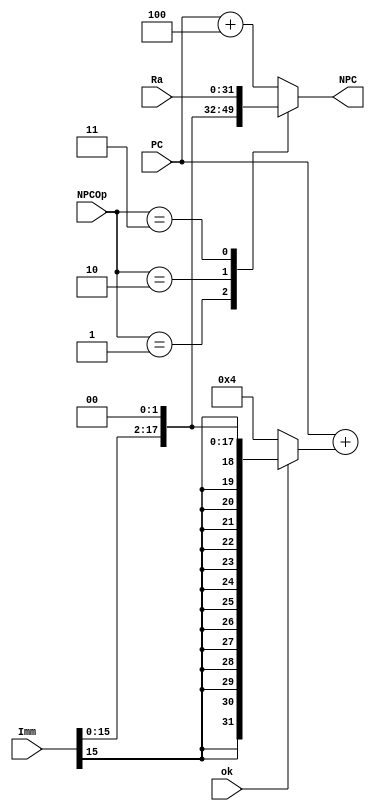
`timescale 1ns / 1ps
module npc(
		input [2:0] NPCOp,
		input ok,
		input [31:0] PC,//F_PC
		input [25:0] Imm,
		input [31:0] Ra,
		output [31:0] NPC
	);
	reg [31:0] res;
	assign NPC=res;
	always @(*)
	begin
		case (NPCOp)
			3'd0: res<=PC+32'd4;
			3'd1: res<=PC+(ok?{{14{Imm[15]}},Imm[15:0],2'b0}:32'd4);
			3'd2: res<={PC[31:28],Imm[25:0],2'b0};
			3'd3: res<=Ra;
			default: res<=PC+32'd4;
		endcase
	end
endmodule